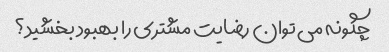
چگونه می توان رضایت مشتری را بهبود بخشید؟